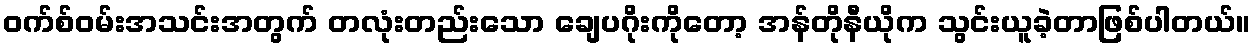
၀က်စ်ဝမ်းအသင်းအတွက် တလုံးတည်းသော ချေပဂိုးကိုတော့ အန်တိုနီယိုက သွင်းယူခဲ့တာဖြစ်ပါတယ်။